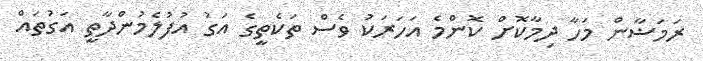
ރަމަޟާން މަހާ ދިމާކޮށް ކޮންމެ އަހަރަކު ވެސް ތަކެތީގެ އަގު އުފުލެމުންދާތީ އަގުތައް